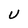
Character: U